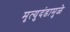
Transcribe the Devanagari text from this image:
मृत्युदंडामुळे